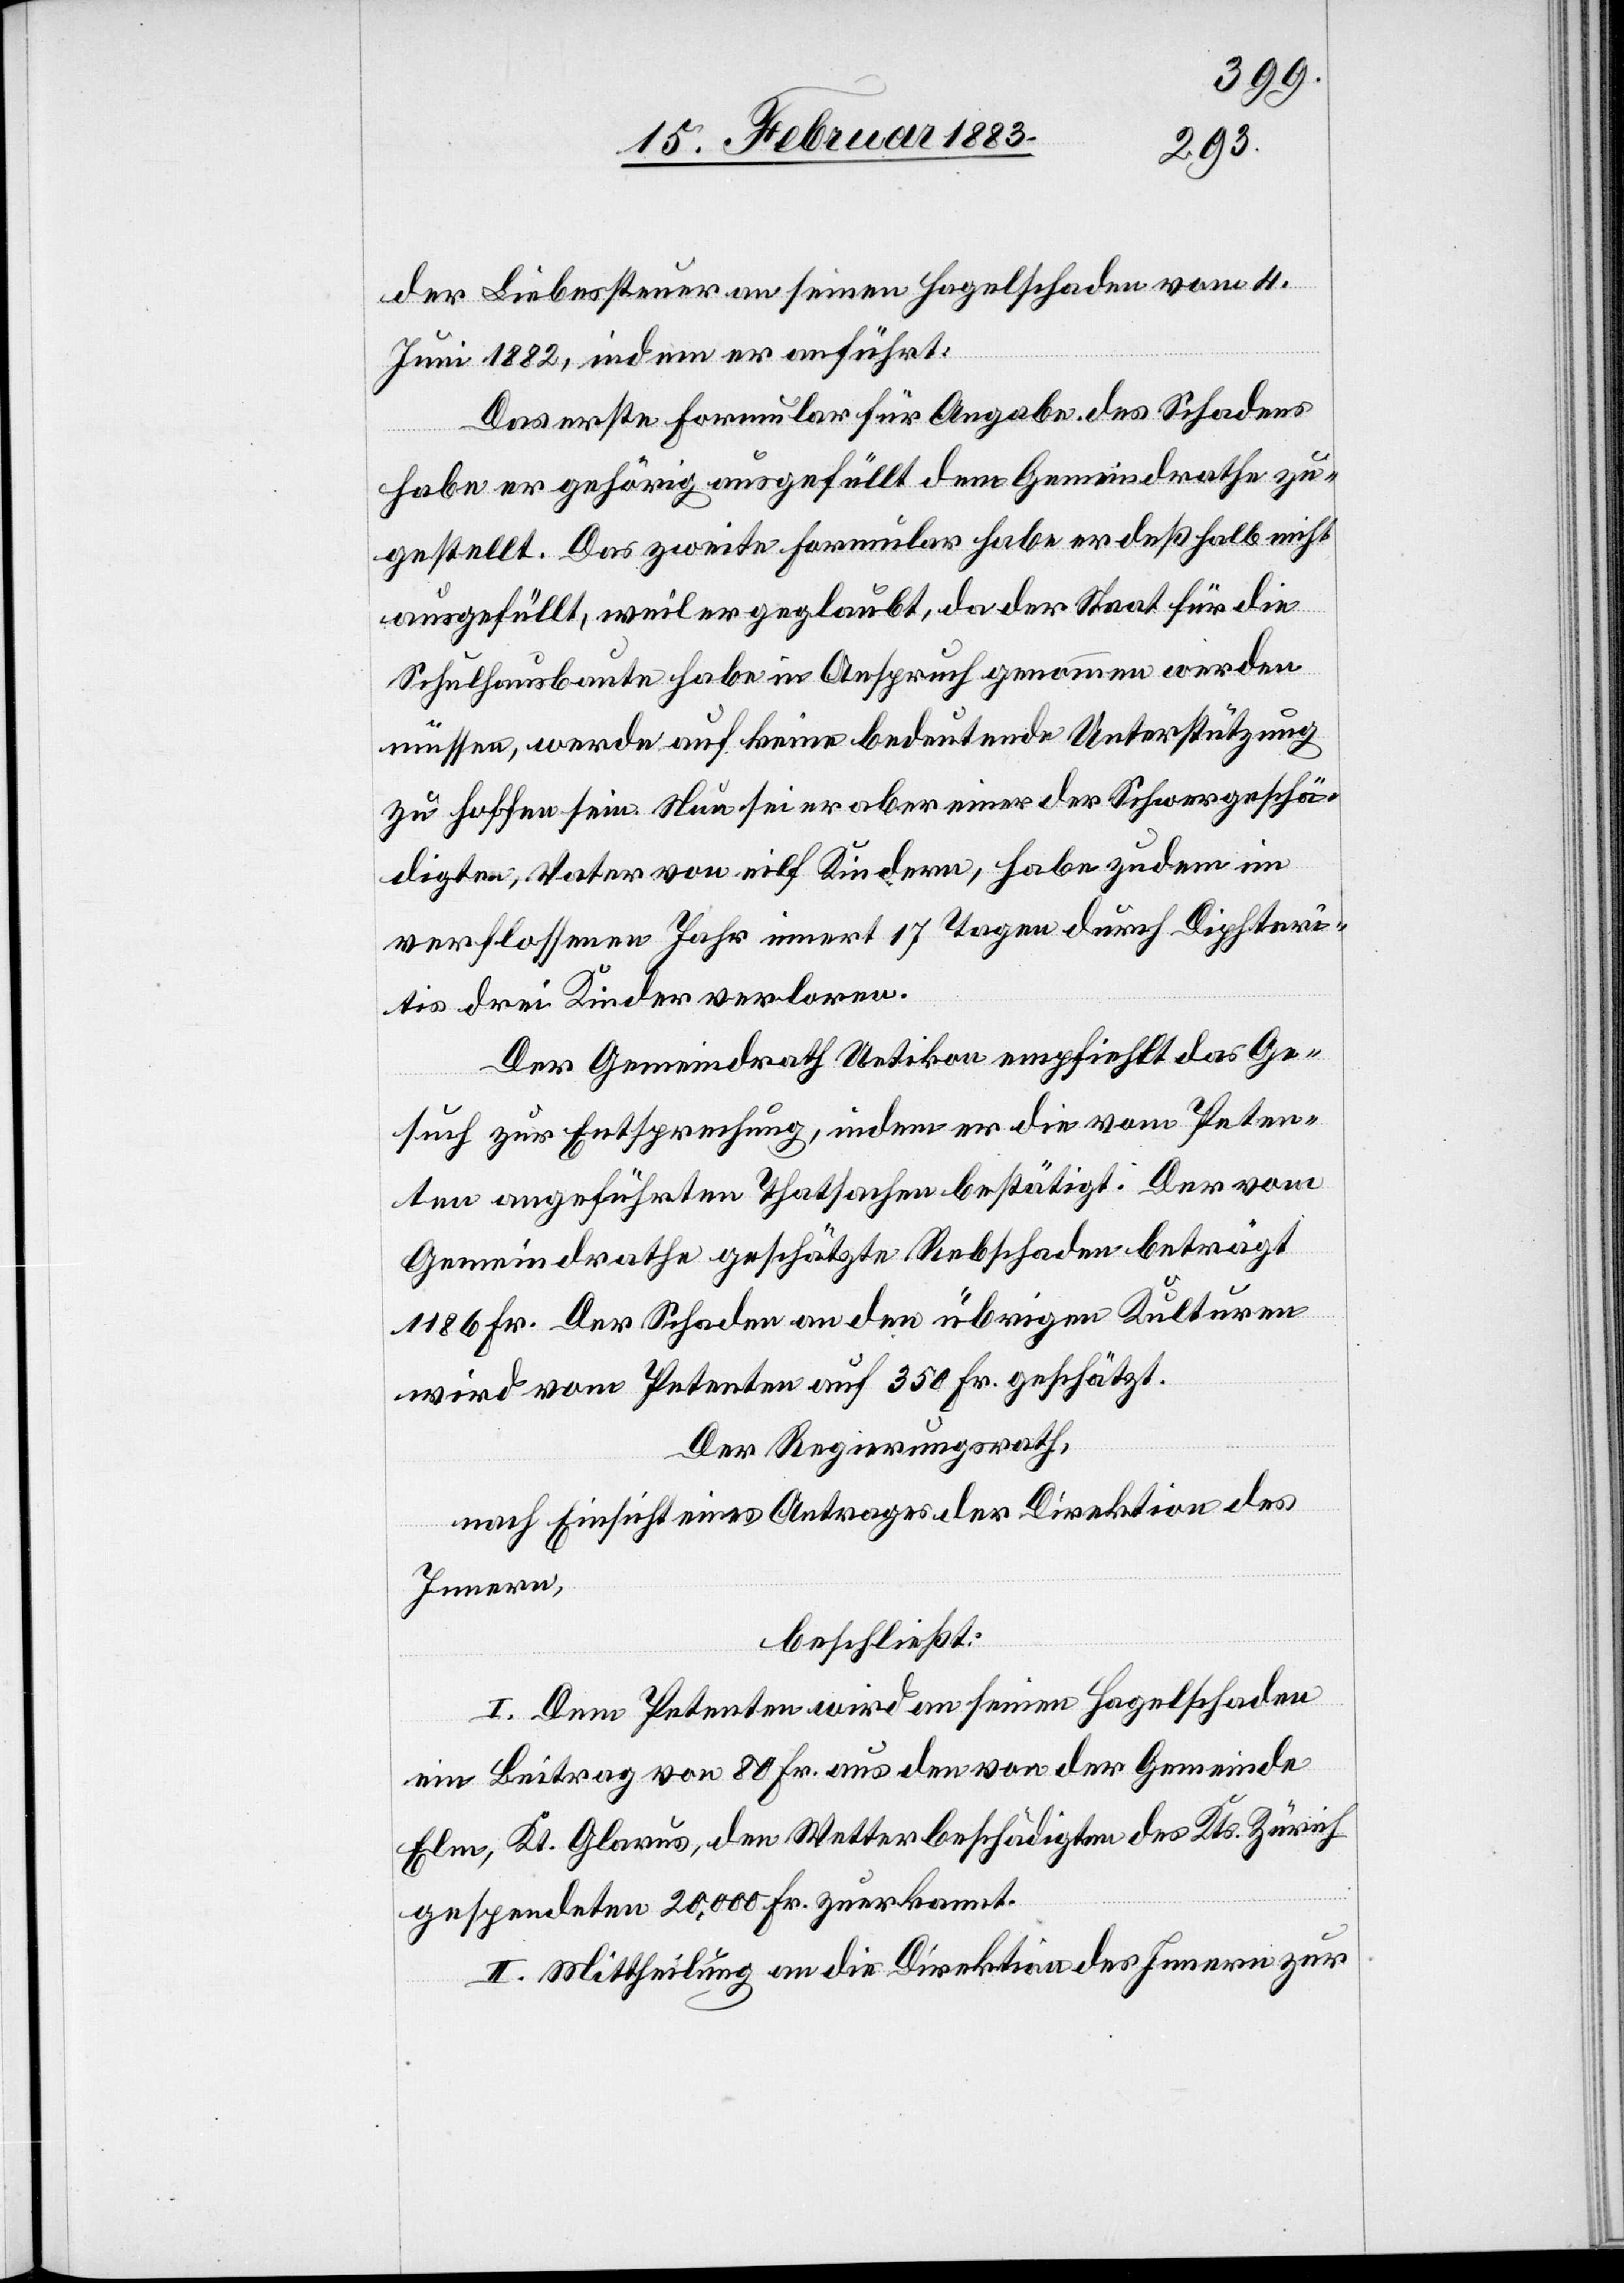
der Liebessteuer an seinen Hagelschaden vom 4.
Juni 1882, indem er anführt:
Das erste Formular für Angabe des Schadens
habe er gehörig ausgefüllt dem Gemeindrathe zu¬
gestellt. Das zweite Formular habe er deßhalb nicht
ausgefüllt, weil er geglaubt, da der Staat für die
Schulhausbaute habe in Anspruch genommen werden
müssen, werde auf keine bedeutende Unterstützung
zu hoffen sein. Nun sei er aber einer der Schwergeschä¬
digten, Vater von eilf Kindern, habe zudem im
verflossenen Jahr innert 17 Tagen durch Diphter¬
ie drei Kinder verloren.
Der Gemeindrath Uetikon empfiehlt das Ge¬
such zur Entsprechung, indem er die vom Peten¬
ten angeführten Thatsachen bestätigt. Der vom
Gemeindrathe geschätzte Rebschaden beträgt
1186 Fr. Der Schaden an den übrigen Kulturen
wird vom Petenten auf 350 Fr. geschätzt.
Der Regierungsrath,
nach Einsicht eines Antrages der Direktion des
Innern,
beschließt:
I. Dem Petenten wird an seinen Hagelschaden
ein Beitrag von 80 Fr. aus den von der Gemeinde
Elm, Kt. Glarus, den Wetterbeschädigten des Kts. Zürich
gespendeten 20,000 Fr. zuerkannt.
II. Mittheilung an die Direktion des Innern zur